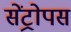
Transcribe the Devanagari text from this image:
सेंट्रोपस